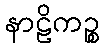
နာဠိကဉ္စ